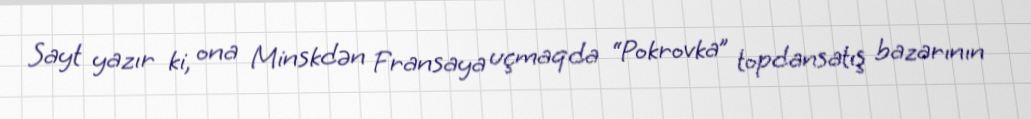
Sayt yazır ki, ona Minskdən Fransaya uçmaqda “Pokrovka” topdansatış bazarının